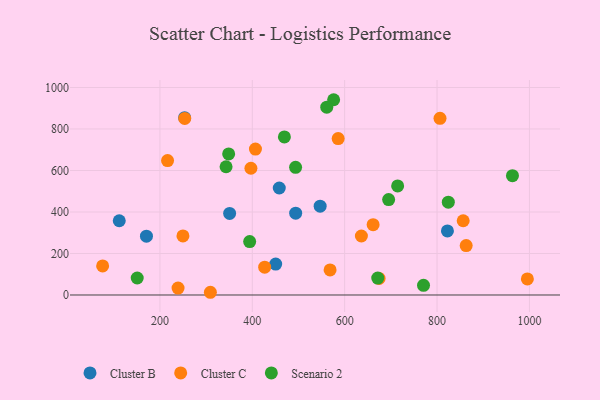
{"axis": {"x": "Price", "y": "Rating"}, "legend": ["Cluster B", "Cluster C", "Scenario 2"], "data": [{"x": "170.8", "y": 283.4, "type": "Cluster B"}, {"x": "450.6", "y": 149.2, "type": "Cluster B"}, {"x": "458.4", "y": 515.6, "type": "Cluster B"}, {"x": "111.9", "y": 357.7, "type": "Cluster B"}, {"x": "493.9", "y": 394.2, "type": "Cluster B"}, {"x": "253.4", "y": 854.7, "type": "Cluster B"}, {"x": "822.5", "y": 308.6, "type": "Cluster B"}, {"x": "546.9", "y": 428.2, "type": "Cluster B"}, {"x": "350.9", "y": 393.2, "type": "Cluster B"}, {"x": "863.1", "y": 238.2, "type": "Cluster C"}, {"x": "249.8", "y": 284.8, "type": "Cluster C"}, {"x": "309.2", "y": 13.1, "type": "Cluster C"}, {"x": "239.2", "y": 33.3, "type": "Cluster C"}, {"x": "397.0", "y": 610.8, "type": "Cluster C"}, {"x": "75.9", "y": 140.3, "type": "Cluster C"}, {"x": "995.6", "y": 77.4, "type": "Cluster C"}, {"x": "636.2", "y": 284.3, "type": "Cluster C"}, {"x": "806.4", "y": 851.3, "type": "Cluster C"}, {"x": "856.6", "y": 357.9, "type": "Cluster C"}, {"x": "585.9", "y": 753.9, "type": "Cluster C"}, {"x": "661.6", "y": 338.9, "type": "Cluster C"}, {"x": "674.5", "y": 79.8, "type": "Cluster C"}, {"x": "568.4", "y": 120.8, "type": "Cluster C"}, {"x": "426.8", "y": 134.1, "type": "Cluster C"}, {"x": "253.7", "y": 851.1, "type": "Cluster C"}, {"x": "406.8", "y": 703.4, "type": "Cluster C"}, {"x": "216.5", "y": 647.6, "type": "Cluster C"}, {"x": "576.1", "y": 941.0, "type": "Scenario 2"}, {"x": "150.8", "y": 81.8, "type": "Scenario 2"}, {"x": "695.2", "y": 459.6, "type": "Scenario 2"}, {"x": "824.4", "y": 447.3, "type": "Scenario 2"}, {"x": "671.6", "y": 81.3, "type": "Scenario 2"}, {"x": "348.8", "y": 679.9, "type": "Scenario 2"}, {"x": "714.7", "y": 525.4, "type": "Scenario 2"}, {"x": "394.3", "y": 257.4, "type": "Scenario 2"}, {"x": "963.3", "y": 575.0, "type": "Scenario 2"}, {"x": "469.5", "y": 761.9, "type": "Scenario 2"}, {"x": "561.2", "y": 905.2, "type": "Scenario 2"}, {"x": "343.2", "y": 617.9, "type": "Scenario 2"}, {"x": "493.7", "y": 615.1, "type": "Scenario 2"}, {"x": "770.7", "y": 46.7, "type": "Scenario 2"}]}